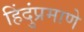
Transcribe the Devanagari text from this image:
हिंदुंप्रमाणे